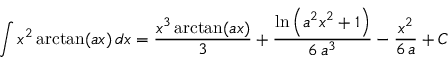
\int x ^ { 2 } \arctan ( a x ) \, d x = { \frac { x ^ { 3 } \arctan ( a x ) } { 3 } } + { \frac { \ln \left( a ^ { 2 } x ^ { 2 } + 1 \right) } { 6 \, a ^ { 3 } } } - { \frac { x ^ { 2 } } { 6 \, a } } + C